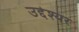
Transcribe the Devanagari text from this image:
उद्देश्यर